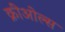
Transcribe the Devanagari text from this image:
क्रीओल्स